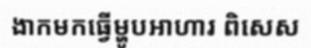
ងាកមកធ្វើម្ហូបអាហារ ពិសេស